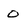
Character: 0